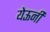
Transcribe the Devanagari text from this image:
येऊनी